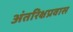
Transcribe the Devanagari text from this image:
अंतरिक्षप्रवास